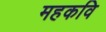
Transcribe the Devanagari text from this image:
महकवि